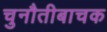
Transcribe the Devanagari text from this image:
चुनौतीबाचक